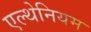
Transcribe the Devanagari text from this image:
एल्थेनियम